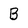
Character: B